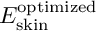
E _ { \mathrm { s k i n } } ^ { \mathrm { o p t i m i z e d } }